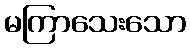
မကြာသေးသော